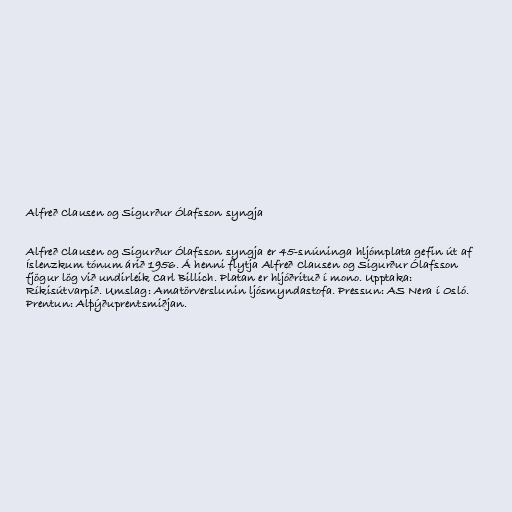
Alfreð Clausen og Sigurður Ólafsson syngja

Alfreð Clausen og Sigurður Ólafsson syngja er 45-snúninga hljómplata gefin út af
Íslenzkum tónum árið 1956. Á henni flytja Alfreð Clausen og Sigurður Ólafsson
fjögur lög við undirleik Carl Billich. Platan er hljóðrituð í mono. Upptaka:
Ríkisútvarpið. Umslag: Amatörverslunin ljósmyndastofa. Pressun: AS Nera í Osló.
Prentun: Alþýðuprentsmiðjan.